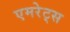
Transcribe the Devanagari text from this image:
एमरेट्स